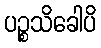
ပဉ္စသိခေါပိ